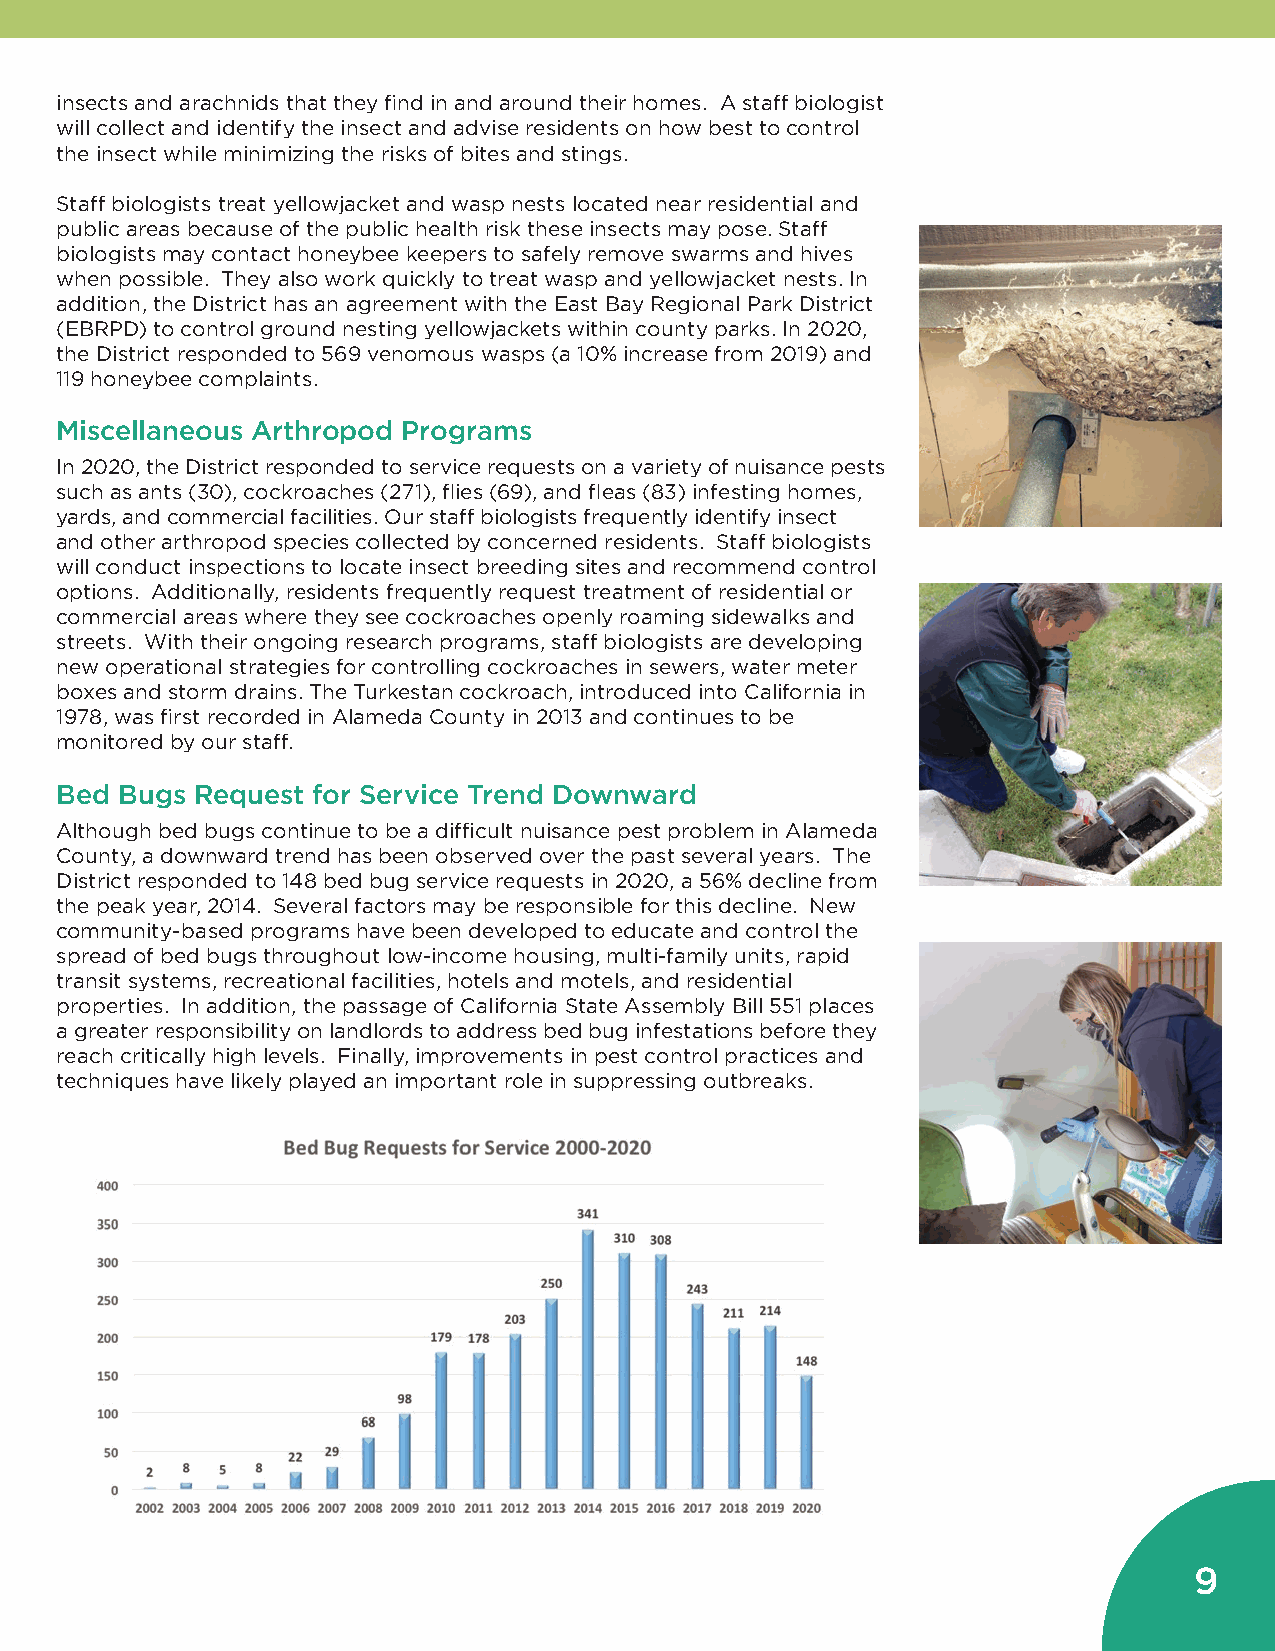
insects and arachnids that they find in and around their homes. A staff biologist
 will collect and identify the insect and advise residents on how best to control
 the insect while minimizing the risks of bites and stings.
 Staff biologists treat yellowjacket and wasp nests located near residential and
 public areas because of the public health risk these insects may pose. Staff
 biologists may contact honeybee keepers to safely remove swarms and hives
 when possible. They also work quickly to treat wasp and yellowjacket nests. In
 addition, the District has an agreement with the East Bay Regional Park District
 (EBRPD) to control ground nesting yellowjackets within county parks. In 2020,
 the District responded to 569 venomous wasps (a 10% increase from 2019) and
 119 honeybee complaints.
 Miscellaneous Arthropod Programs
 In 2020, the District responded to service requests on a variety of nuisance pests
 such as ants (30), cockroaches (271), flies (69), and fleas (83) infesting homes,
 yards, and commercial facilities. Our staff biologists frequently identify insect
 and other arthropod species collected by concerned residents. Staff biologists
 will conduct inspections to locate insect breeding sites and recommend control
 options. Additionally, residents frequently request treatment of residential or
 commercial areas where they see cockroaches openly roaming sidewalks and
 streets. With their ongoing research programs, staff biologists are developing
 new operational strategies for controlling cockroaches in sewers, water meter
 boxes and storm drains. The Turkestan cockroach, introduced into California in
 1978, was first recorded in Alameda County in 2013 and continues to be
 monitored by our staff.
 Bed Bugs Request for Service Trend Downward
 Although bed bugs continue to be a difficult nuisance pest problem in Alameda
 County, a downward trend has been observed over the past several years. The
 District responded to 148 bed bug service requests in 2020, a 56% decline from
 the peak year, 2014. Several factors may be responsible for this decline. New
 community-based programs have been developed to educate and control the
 spread of bed bugs throughout low-income housing, multi-family units, rapid
 transit systems, recreational facilities, hotels and motels, and residential
 properties. In addition, the passage of California State Assembly Bill 551 places
 a greater responsibility on landlords to address bed bug infestations before they
 reach critically high levels. Finally, improvements in pest control practices and
 techniques have likely played an important role in suppressing outbreaks.
 9